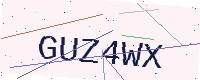
Text: GUZ4WX